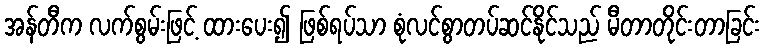
အန်တီက လက်စွမ်းဖြင့် ထားပေး၍ ဖြစ်ရပ်သာ စုံလင်စွာတပ်ဆင်နိုင်သည် မီတာတိုင်းတာခြင်း